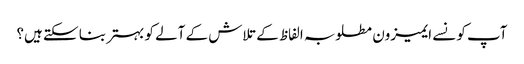
آپ کونسے ایمیزون مطلوبہ الفاظ کے تلاش کے آلے کو بہتر بنا سکتے ہیں؟